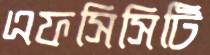
এফসিসিটি